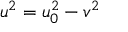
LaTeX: u ^ { 2 } = u _ { 0 } ^ { 2 } - v ^ { 2 }